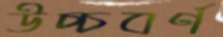
উচ্চবর্ণ